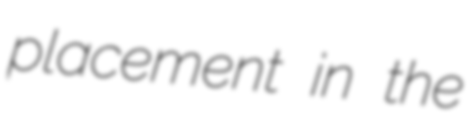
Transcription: placement in the